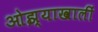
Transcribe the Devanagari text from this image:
ओझ्याखालीं